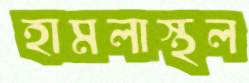
হামলাস্থল